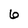
Character: 6